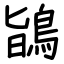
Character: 鴲